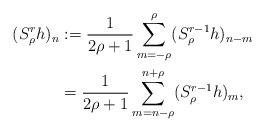
LaTeX: \begin{align*} (S^{r}_\rho h)_n&:=\frac{1}{2\rho+1}\sum\limits_{m=-\rho}^{\rho}(S^{r-1}_\rho h)_{n-m}\\ &=\frac{1}{2\rho+1}\sum\limits_{m=n-\rho}^{n+\rho}(S^{r-1}_\rho h)_{m}, \end{align*}